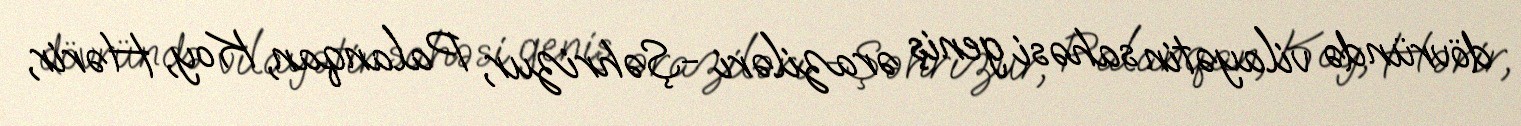
dövründə vilayətin sahəsi geniş əraziləri -Şəhrizur, Palanqan, Koy, Hərir,